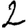
Digit: 2